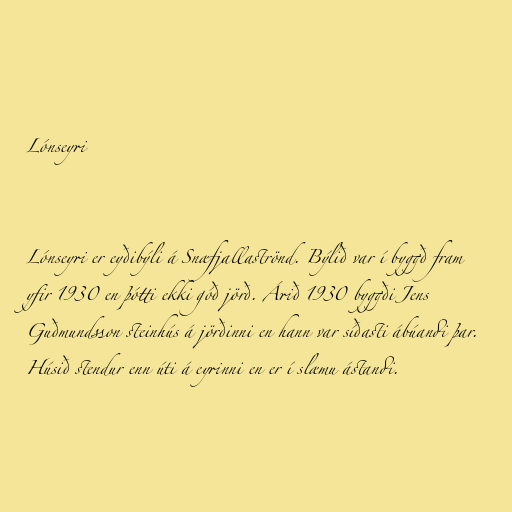
Lónseyri

Lónseyri er eyðibýli á Snæfjallaströnd. Býlið var í byggð fram
yfir 1930 en þótti ekki góð jörð. Árið 1930 byggði Jens
Guðmundsson steinhús á jörðinni en hann var síðasti ábúandi þar.
Húsið stendur enn úti á eyrinni en er í slæmu ástandi.